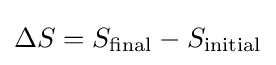
\Delta S=S_{\mathrm {final} }-S_{\mathrm {initial} }